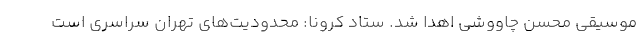
موسیقی محسن چاووشی اهدا شد. ستاد کرونا: محدودیت‌های تهران سراسری است